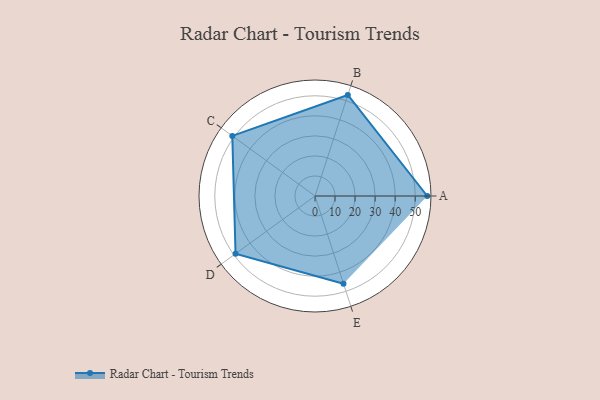
{"axis": {"x": "Skill", "y": "Score"}, "legend": ["Profile"], "data": [{"x": "A", "y": 56.0, "type": "Profile"}, {"x": "B", "y": 53.0, "type": "Profile"}, {"x": "C", "y": 51.0, "type": "Profile"}, {"x": "D", "y": 49.0, "type": "Profile"}, {"x": "E", "y": 46.0, "type": "Profile"}]}